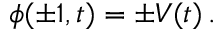
\phi ( \pm 1 , t ) = \pm V ( t ) \, .